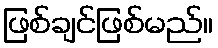
ဖြစ်ချင်ဖြစ်မည်။